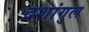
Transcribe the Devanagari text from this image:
दशांगुल